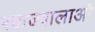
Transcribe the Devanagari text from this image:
रक्तज्वालाओं